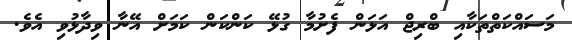
މަސައްކަތްތަކާއި ބްރިޖް އަޅަން ފެށުމާ ގުޅޭ ކަންކަން ކަމަށް އޭނާ ވިދާޅުވި އެވެ.